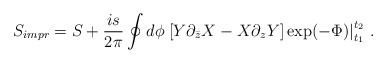
\begin{align*}S_{impr} = S + \frac{is}{2\pi}\oint d\phi \left.\left[Y \partial_{\bar z} X - X \partial_z Y\right]\exp(-\Phi)\right|^{t_2}_{t_1}\,. \end{align*}